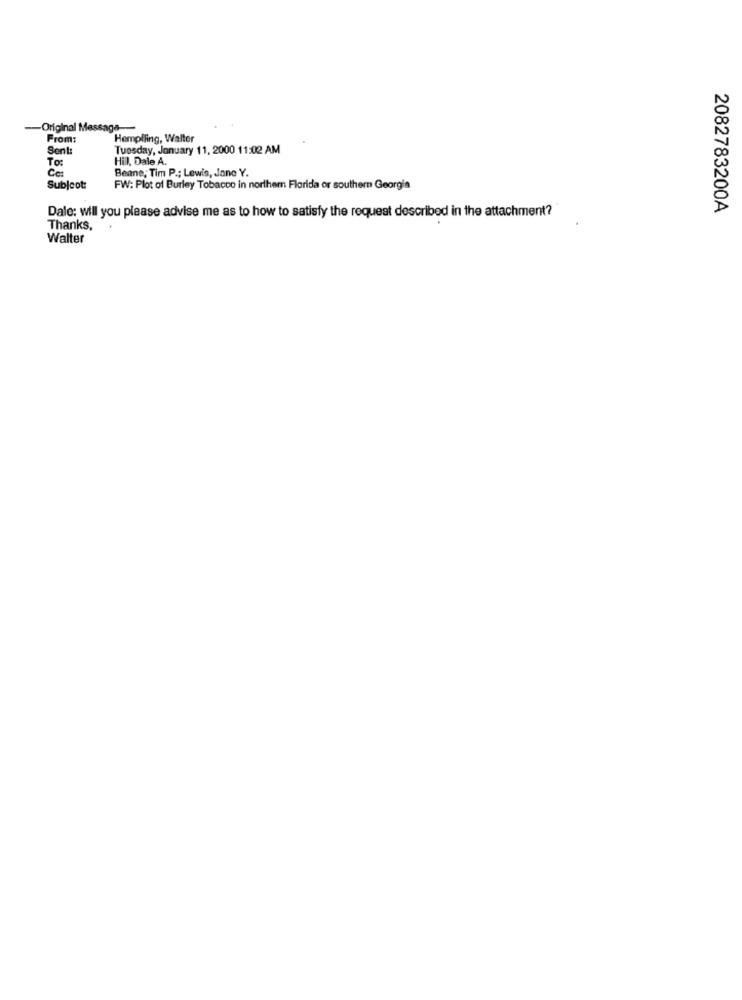
-- Original Message-
From:
Hemplling, Walter
Sent:
Tuesday, January 11, 2000 11:02 AM
To:
Hil, Dale A.
Ca:
Benne; Tim P .; Lewis, Jane Y.
Subject:
FW: Plot of Burley Tobacco in northern Florida or southern Georgia
Dale: will you please advise me as to how to satisfy the request described in the attachment?
2082783200A
Thanks,
Walter